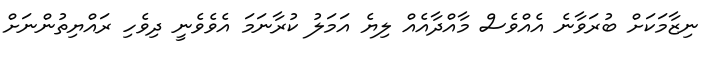
ނިޒާމަކަށް ބުރަވާނެ އެއްވެސް މާއްދާއެއް ލިޔެ އަމަލު ކުރާނަމަ އެވެވެނީ ދިވެހި ރައްޔިތުންނަށް